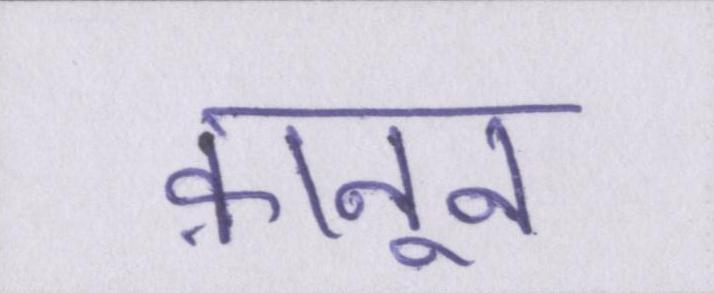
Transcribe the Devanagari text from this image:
क़ानून